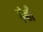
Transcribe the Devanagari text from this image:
ईशी